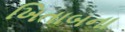
ખિતાબના